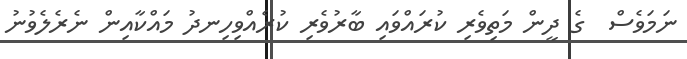
ނަމަވެސް  ގެ ދީން މަތިވެރި ކުރައްވައި ބާރުވެރި ކުރެއްވިހިނދު މައްކާއިން ނެރެލެވުނު